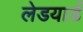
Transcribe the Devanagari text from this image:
लेडयार्ड